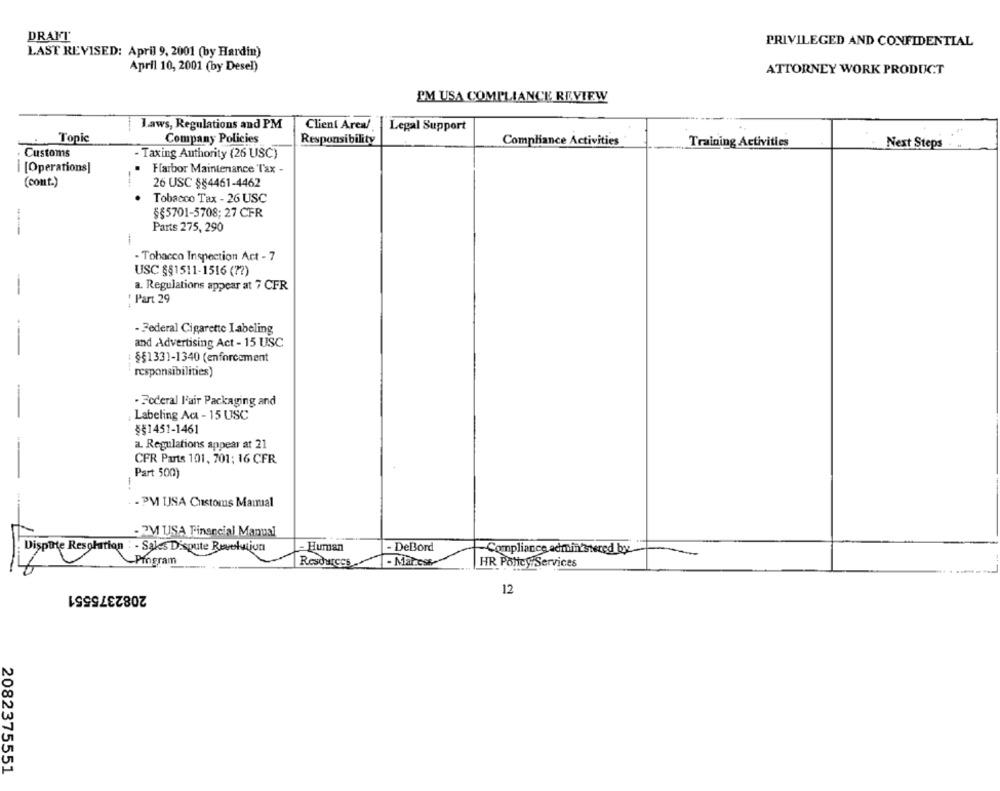
DRAFT
PRIVILEGED AND CONFIDENTIAL
LAST REVISED: April 9, 2001 (by Hardin)
April 10, 2001 (by Desel)
ATTORNEY WORK PRODUCT
PM USA COMPLIANCE REVIEW
Laws, Regulations and PM
Client Area/
Legal Support
Topic
Company Policies
Responsibility
Compliance Activities
Training Activities
Next Steps
Customs
- Taxing Authority (26 USC)
i [Operations]
. Farbor Maintenance Tax -
(comt.)
26 USC 884461-4462
. Tobacco Tax - 26 USC
§§5701-5708; 27 CFR
Parts 275, 290
- Tobacco Inspection Act - 7
USC §§1511-1516 ( ?? )
a. Regulations appear at 7 CFR
-
: Part 29
- Federal Cigarette Labeling
and Advertising Act - 15 USC
§§1331-1340 (enforcement
responsibilities)
- Federal l'air Packaging and
Labeling Ac - 15 USC
§§1451-1461
a. Regulations appear at 21
CFR Parts 101, 701; 16 CFR.
Part 500)
- PM USA Customs Mamial
-PM USA Financial Manual
- Human
- DeBord
Dispute Resolution : - Saks Dispute Revolution
Compliance administered bye
-Program
Resources
- Marccst
HR Policy Services
2082375551
12
2082375551